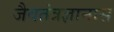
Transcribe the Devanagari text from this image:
जैवतंत्रज्ञानास